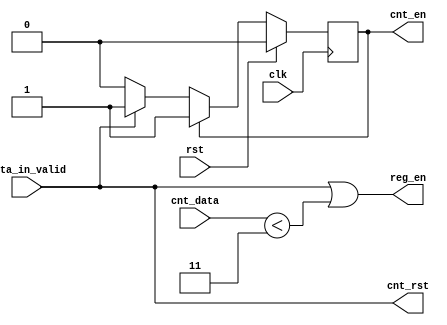
`timescale 1ns / 1ps

//compute p**q, where q=4


module control (
		//top interface
	input 	    clk,
	input 	    rst,
	input 	    data_in_valid,
		//counter interface 
	input [1:0] cnt_data,
	output 	    cnt_rst, cnt_en,
		//register interface
	output 	    reg_en
);


   
   
//state vars
   reg   state, state_nxt;
   
   //state register 
   always @ (posedge clk) begin
      if(rst)
	state <= 1'b0;
      else
	state <= state_nxt;
   end

   //state transition 
   always @* begin
      //defaults 
      
      state_nxt = state;

      case (state)
	1'b0: //Init
	  if(data_in_valid) 
	    state_nxt = 1'b1;
	default:;//Accumulate
      endcase    
   end 
   
   //counter management
   assign cnt_rst = data_in_valid;
   assign cnt_en = (state != 1'b0);

   //register management
   assign reg_en = data_in_valid | (cnt_data < 2'd3);
   

endmodule